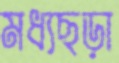
মধ্যছড়া